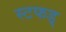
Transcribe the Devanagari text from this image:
स्टफड्